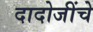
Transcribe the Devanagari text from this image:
दादोजींचे